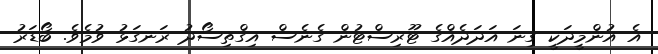
އެ އުންމީދަކީ ގިނަ އަދަދެއްގެ ޓޫރިސްޓުން ގެނެސް އިގްތިސޯދު ރަނގަޅު ވުމެވެ. ބޯޑަރު